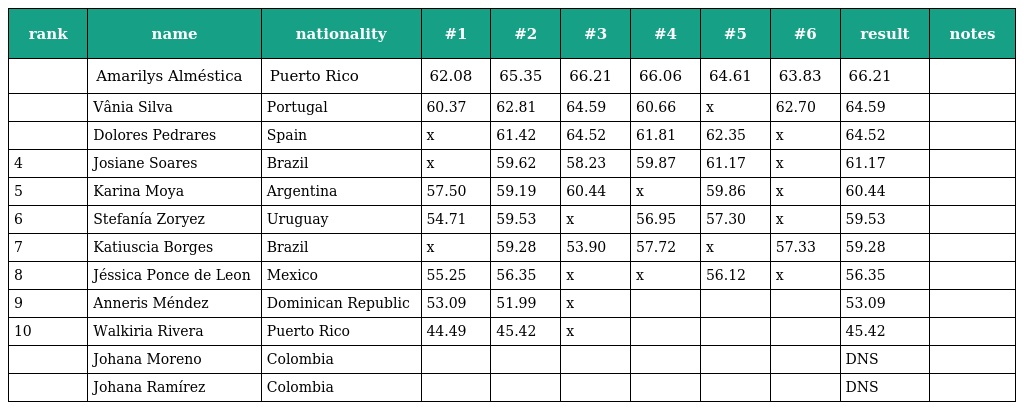
| rank | name | nationality | #1 | #2 | #3 | #4 | #5 | #6 | result | notes |
 | --- | --- | --- | --- | --- | --- | --- | --- | --- | --- | --- |
 |  | Amarilys Alméstica | Puerto Rico | 62.08 | 65.35 | 66.21 | 66.06 | 64.61 | 63.83 | 66.21 |  |
 |  | Vânia Silva | Portugal | 60.37 | 62.81 | 64.59 | 60.66 | x | 62.70 | 64.59 |  |
 |  | Dolores Pedrares | Spain | x | 61.42 | 64.52 | 61.81 | 62.35 | x | 64.52 |  |
 | 4 | Josiane Soares | Brazil | x | 59.62 | 58.23 | 59.87 | 61.17 | x | 61.17 |  |
 | 5 | Karina Moya | Argentina | 57.50 | 59.19 | 60.44 | x | 59.86 | x | 60.44 |  |
 | 6 | Stefanía Zoryez | Uruguay | 54.71 | 59.53 | x | 56.95 | 57.30 | x | 59.53 |  |
 | 7 | Katiuscia Borges | Brazil | x | 59.28 | 53.90 | 57.72 | x | 57.33 | 59.28 |  |
 | 8 | Jéssica Ponce de Leon | Mexico | 55.25 | 56.35 | x | x | 56.12 | x | 56.35 |  |
 | 9 | Anneris Méndez | Dominican Republic | 53.09 | 51.99 | x |  |  |  | 53.09 |  |
 | 10 | Walkiria Rivera | Puerto Rico | 44.49 | 45.42 | x |  |  |  | 45.42 |  |
 |  | Johana Moreno | Colombia |  |  |  |  |  |  | DNS |  |
 |  | Johana Ramírez | Colombia |  |  |  |  |  |  | DNS |  |